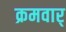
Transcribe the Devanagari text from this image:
क्रमवार्